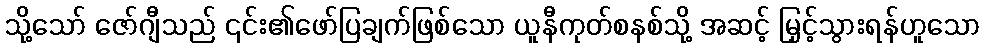
သို့သော် ဇော်ဂျီသည် ၎င်း၏ဖော်ပြချက်ဖြစ်သော ယူနီကုတ်စနစ်သို့ အဆင့် မြှင့်သွားရန်ဟူသော